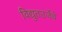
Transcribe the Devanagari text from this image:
विद्युतउर्जेचे